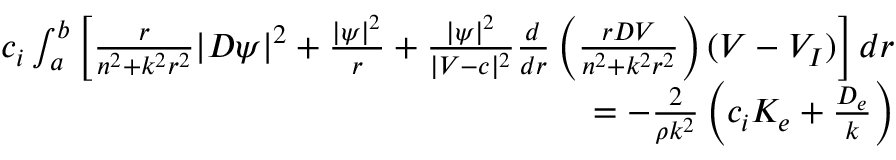
\begin{array} { r } { c _ { i } \int _ { a } ^ { b } \left[ \frac { r } { n ^ { 2 } + k ^ { 2 } r ^ { 2 } } | D \psi | ^ { 2 } + \frac { | \psi | ^ { 2 } } { r } + \frac { | \psi | ^ { 2 } } { | V - c | ^ { 2 } } \frac { d } { d r } \left( \frac { r D V } { n ^ { 2 } + k ^ { 2 } r ^ { 2 } } \right) ( V - V _ { I } ) \right] d r } \\ { = - \frac { 2 } { \rho k ^ { 2 } } \left( c _ { i } K _ { e } + \frac { D _ { e } } { k } \right) } \end{array}